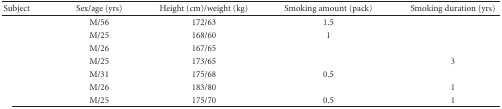
<table><thead><tr><td><b>Subject</b></td><td><b>Sex/age (yrs)</b></td><td><b>Height (cm)/weight (kg)</b></td><td><b>Smoking amount (pack)</b></td><td><b>Smoking duration (yrs)</b></td></tr></thead><tbody><tr><td>[EMPTY_CELL]</td><td>M/56</td><td>172/63</td><td>1.5</td><td>[EMPTY_CELL]</td></tr><tr><td>[EMPTY_CELL]</td><td>M/25</td><td>168/60</td><td>1</td><td>[EMPTY_CELL]</td></tr><tr><td>[EMPTY_CELL]</td><td>M/26</td><td>167/65</td><td>[EMPTY_CELL]</td><td>[EMPTY_CELL]</td></tr><tr><td>[EMPTY_CELL]</td><td>M/25</td><td>173/65</td><td>[EMPTY_CELL]</td><td>3</td></tr><tr><td>[EMPTY_CELL]</td><td>M/31</td><td>175/68</td><td>0.5</td><td>[EMPTY_CELL]</td></tr><tr><td>[EMPTY_CELL]</td><td>M/26</td><td>183/80</td><td>[EMPTY_CELL]</td><td>1</td></tr><tr><td>[EMPTY_CELL]</td><td>M/25</td><td>175/70</td><td>0.5</td><td>1</td></tr></tbody></table>